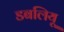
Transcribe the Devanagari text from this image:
डबलियू